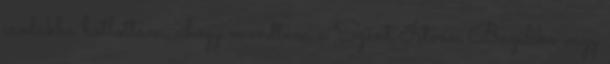
csodákba botlottam, ahogy mondtam a Szent István Bazilika vagy